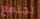
تجتمع